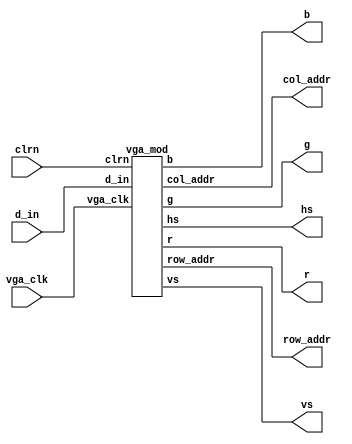
`timescale 1ns / 1ps
//////////////////////////////////////////////////////////////////////////////////
// Companrow_addr: 
// Engineer: 
// 
// Design Name: 
// Module Name:    vgac 
// Project Name: 
// Target Devices: 
// Tool versions: 
// Description: 
//
// Dependencies: 
//
// Revision: 
// Revision 0.01 - File Created
// Additional Comments: 
//
//////////////////////////////////////////////////////////////////////////////////
module vgac #(
	parameter width  = 640,     // 
	parameter height = 480      // 
	)(
	input wire         vga_clk, // VGA , 
	input wire         clrn,
	input wire [11:0]  d_in,    //  RGB444,  bbbb_gggg_rrrr

	output wire [10:0] col_addr,
	output wire [10:0] row_addr,
	output wire  	   hs,      // h_sync
	output wire 	   vs,      // v_sync
	output wire [3:0]  r,       // RGB444 
	output wire [3:0]  g,
	output wire [3:0]  b
	);

	generate // generate
		if (width == 800 && height == 600) begin       // 800x600 @ 60Hz  40 MHz clk
			vga_mod #(.h_active(800), .h_front(40),  .h_pulse(128), .h_back(88),
					  .v_active(600), .v_front(1),   .v_pulse(4),   .v_back(23))
					inst (vga_clk, clrn, d_in, col_addr, row_addr, hs, vs, r, g, b);
		end
		else if (width == 1280 && height == 720) begin // 1280x720 @ 60Hz 74.25 MHz clk
			vga_mod #(.h_active(1280), .h_front(110), .h_pulse(40), .h_back(220),
					  .v_active(720),  .v_front(5),   .v_pulse(5),  .v_back(20))
					inst (vga_clk, clrn, d_in, col_addr, row_addr, hs, vs, r, g, b);
		end
		else begin // Default: 640x480 @ 60Hz 25.175 MHz clk
			vga_mod inst (vga_clk, clrn, d_in, col_addr, row_addr, hs, vs, r, g, b);
		end
	endgenerate

endmodule

module vga_mod #(
	parameter h_active = 640,   // 640*480@60Hz
	parameter h_front  =  16,
	parameter h_pulse  =  96,
	parameter h_back   =  48,
	parameter v_active = 480,
	parameter v_front  =  11,
	parameter v_pulse  =   2,
	parameter v_back   =  31
	)(
	input wire         vga_clk, // VGA , 
	input wire         clrn,
	input wire [11:0]  d_in,    //  RGB444,  bbbb_gggg_rrrr

	output wire [10:0] col_addr,
	output wire [10:0] row_addr,
	output wire  	   hs,      // h_sync
	output wire 	   vs,      // v_sync
	output wire [3:0]  r,       // RGB444 
	output wire [3:0]  g,
	output wire [3:0]  b
	);

	localparam h_whole = h_active + h_front + h_pulse + h_back;
	localparam v_whole = v_active + v_front + v_pulse + v_back;

	// 
	reg [11:0] h_count;
	reg [11:0] v_count;

	/*
	:        Active -- Front Porch -- Sync Pulse -- Back Porch
	:    ^^^^^^^^
	:    ------------------------|           |-------------
										|-----------|
	*/

	// Active
	wire h_enable = (h_count >= 11'b0 && h_count < h_active) ? 1'b1 : 1'b0; // 
	wire v_enable = (v_count >= 11'b0 && v_count < v_active) ? 1'b1 : 1'b0; // 
	assign col_addr = h_enable ? h_count : h_active;  // 
	assign row_addr = v_enable ? v_count : v_active;  // 
	assign {r, g, b} = h_enable & v_enable ? d_in : 12'b0; //  (rgbbmpbgr)

	// Sync Pulse
	assign hs = (h_count >= h_active + h_front && h_count < h_whole - h_back) ? 1'b0 : 1'b1;
	assign vs = (v_count >= v_active + v_front && v_count < v_whole - v_back) ? 1'b0 : 1'b1;

	always @(posedge vga_clk or negedge clrn) begin
		if(!clrn) begin // 
			h_count <= 12'b0;
			v_count <= 12'b0;
		end
		else begin
			if (h_count < h_whole)
				h_count <= h_count + 1'b1; // 
			else begin
				h_count <= 12'b0; // 

				if(v_count < v_whole)
					v_count <= v_count + 1'b1; // 
				else 
					v_count <= 12'b0; // 
			end
		end
	end
endmodule